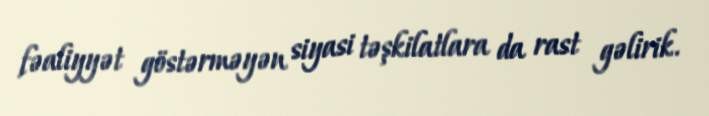
fəaliyyət göstərməyən siyasi təşkilatlara da rast gəlirik.